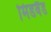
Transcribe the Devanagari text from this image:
मिडबैंड